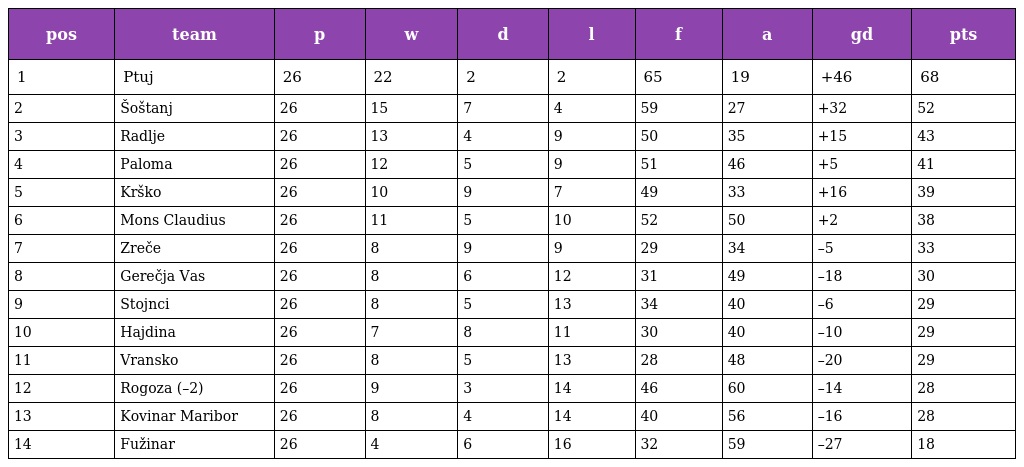
| pos | team | p | w | d | l | f | a | gd | pts |
 | --- | --- | --- | --- | --- | --- | --- | --- | --- | --- |
 | 1 | Ptuj | 26 | 22 | 2 | 2 | 65 | 19 | +46 | 68 |
 | 2 | Šoštanj | 26 | 15 | 7 | 4 | 59 | 27 | +32 | 52 |
 | 3 | Radlje | 26 | 13 | 4 | 9 | 50 | 35 | +15 | 43 |
 | 4 | Paloma | 26 | 12 | 5 | 9 | 51 | 46 | +5 | 41 |
 | 5 | Krško | 26 | 10 | 9 | 7 | 49 | 33 | +16 | 39 |
 | 6 | Mons Claudius | 26 | 11 | 5 | 10 | 52 | 50 | +2 | 38 |
 | 7 | Zreče | 26 | 8 | 9 | 9 | 29 | 34 | –5 | 33 |
 | 8 | Gerečja Vas | 26 | 8 | 6 | 12 | 31 | 49 | –18 | 30 |
 | 9 | Stojnci | 26 | 8 | 5 | 13 | 34 | 40 | –6 | 29 |
 | 10 | Hajdina | 26 | 7 | 8 | 11 | 30 | 40 | –10 | 29 |
 | 11 | Vransko | 26 | 8 | 5 | 13 | 28 | 48 | –20 | 29 |
 | 12 | Rogoza (–2) | 26 | 9 | 3 | 14 | 46 | 60 | –14 | 28 |
 | 13 | Kovinar Maribor | 26 | 8 | 4 | 14 | 40 | 56 | –16 | 28 |
 | 14 | Fužinar | 26 | 4 | 6 | 16 | 32 | 59 | –27 | 18 |